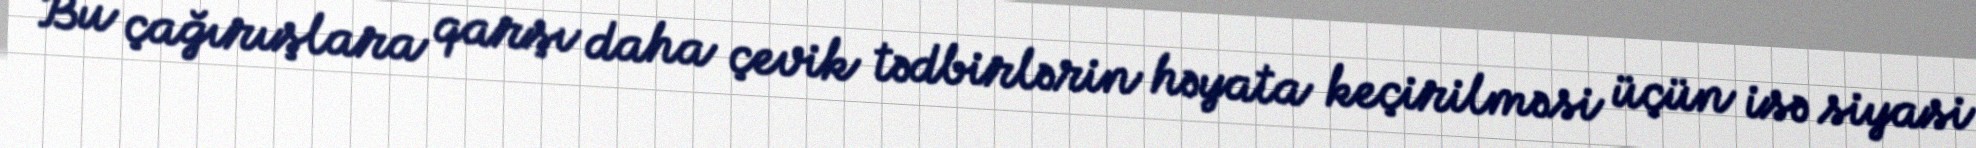
Bu çağırışlara qarşı daha çevik tədbirlərin həyata keçirilməsi üçün isə siyasi